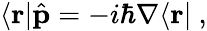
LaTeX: \langle\mathbf{r}|{\hat{\mathbf{p}}}=-i\hbar\nabla\langle\mathbf{r}|~,